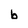
Character: b